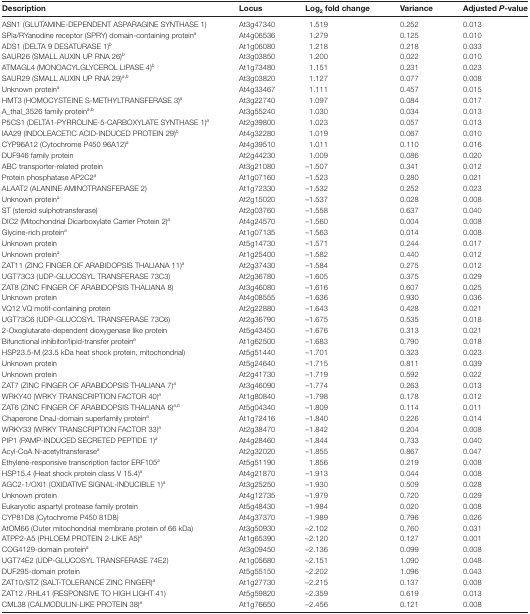
<table><thead><tr><td><b>Description</b></td><td><b>Locus</b></td><td><b>Log<sub>2</sub>fold change</b></td><td><b>Variance</b></td><td><b>Adjusted <i>P</i>-value</b></td></tr></thead><tbody><tr><td>ASN1 (GLUTAMINE-DEPENDENT ASPARAGINE SYNTHASE 1)</td><td>At3g47340</td><td>1.519</td><td>0.252</td><td>0.013</td></tr><tr><td>SPla/RYanodine receptor (SPRY) domain-containing protein<sup><i>a</i></sup></td><td>At4g06536</td><td>1.279</td><td>0.125</td><td>0.010</td></tr><tr><td>ADS1 (DELTA 9 DESATURASE 1)<sup><i>b</i></sup></td><td>At1g06080</td><td>1.218</td><td>0.218</td><td>0.033</td></tr><tr><td>SAUR26 (SMALL AUXIN UP RNA 26)<sup><i>b</i></sup></td><td>At3g03850</td><td>1.200</td><td>0.022</td><td>0.010</td></tr><tr><td>ATMAGL4 (MONOACYLGLYCEROL LIPASE 4)<sup><i>b</i></sup></td><td>At1g73480</td><td>1.151</td><td>0.231</td><td>0.023</td></tr><tr><td>SAUR29 (SMALL AUXIN UP RNA 29)<sup><i>a</i>,<i>b</i></sup></td><td>At3g03820</td><td>1.127</td><td>0.077</td><td>0.008</td></tr><tr><td>Unknown protein<sup><i>a</i></sup></td><td>At4g33467</td><td>1.111</td><td>0.457</td><td>0.015</td></tr><tr><td>HMT3 (HOMOCYSTEINE S-METHYLTRANSFERASE 3)<sup><i>a</i></sup></td><td>At3g22740</td><td>1.097</td><td>0.084</td><td>0.017</td></tr><tr><td>A_thal_3526 family protein<sup><i>a</i>,<i>b</i></sup></td><td>At3g55240</td><td>1.030</td><td>0.034</td><td>0.013</td></tr><tr><td>P5CS1 (DELTA1-PYRROLINE-5-CARBOXYLATE SYNTHASE 1)<sup><i>a</i></sup></td><td>At2g39800</td><td>1.023</td><td>0.057</td><td>0.013</td></tr><tr><td>IAA29 (INDOLEACETIC ACID-INDUCED PROTEIN 29)<sup><i>b</i></sup></td><td>At4g32280</td><td>1.019</td><td>0.067</td><td>0.010</td></tr><tr><td>CYP96A12 (Cytochrome P450 96A12)<sup><i>a</i></sup></td><td>At4g39510</td><td>1.011</td><td>0.110</td><td>0.016</td></tr><tr><td>DUF946 family protein</td><td>At2g44230</td><td>1.009</td><td>0.086</td><td>0.020</td></tr><tr><td>ABC transporter-related protein</td><td>At3g21080</td><td>–1.507</td><td>0.341</td><td>0.012</td></tr><tr><td>Protein phosphatase AP2C2<sup><i>a</i></sup></td><td>At1g07160</td><td>–1.523</td><td>0.280</td><td>0.021</td></tr><tr><td>ALAAT2 (ALANINE AMINOTRANSFERASE 2)</td><td>At1g72330</td><td>–1.532</td><td>0.252</td><td>0.023</td></tr><tr><td>Unknown protein<sup><i>a</i></sup></td><td>At2g15020</td><td>–1.537</td><td>0.028</td><td>0.008</td></tr><tr><td>ST (steroid sulphotransferase)</td><td>At2g03760</td><td>–1.558</td><td>0.637</td><td>0.040</td></tr><tr><td>DIC2 (Mitochondrial Dicarboxylate Carrier Protein 2)<sup><i>a</i></sup></td><td>At4g24570</td><td>–1.560</td><td>0.004</td><td>0.008</td></tr><tr><td>Glycine-rich protein<sup><i>a</i></sup></td><td>At1g07135</td><td>–1.563</td><td>0.014</td><td>0.008</td></tr><tr><td>Unknown protein</td><td>At5g14730</td><td>–1.571</td><td>0.244</td><td>0.017</td></tr><tr><td>Unknown protein<sup><i>a</i></sup></td><td>At1g25400</td><td>–1.582</td><td>0.440</td><td>0.012</td></tr><tr><td>ZAT11 (ZINC FINGER OF ARABIDOPSIS THALIANA 11)<sup><i>a</i></sup></td><td>At2g37430</td><td>–1.584</td><td>0.275</td><td>0.012</td></tr><tr><td>UGT73C3 (UDP-GLUCOSYL TRANSFERASE 73C3)</td><td>At2g36780</td><td>–1.605</td><td>0.375</td><td>0.029</td></tr><tr><td>ZAT8 (ZINC FINGER OF ARABIDOPSIS THALIANA 8)</td><td>At3g46080</td><td>–1.616</td><td>0.607</td><td>0.025</td></tr><tr><td>Unknown protein</td><td>At4g08555</td><td>–1.636</td><td>0.930</td><td>0.036</td></tr><tr><td>VQ12 VQ motif-containing protein</td><td>At2g22880</td><td>–1.643</td><td>0.428</td><td>0.021</td></tr><tr><td>UGT73C6 (UDP-GLUCOSYL TRANSFERASE 73C6)</td><td>At2g36790</td><td>–1.675</td><td>0.535</td><td>0.018</td></tr><tr><td>2-Oxoglutarate-dependent dioxygenase like protein</td><td>At5g43450</td><td>–1.676</td><td>0.313</td><td>0.021</td></tr><tr><td>Bifunctional inhibitor/lipid-transfer protein<sup><i>a</i></sup></td><td>At1g62500</td><td>–1.683</td><td>0.790</td><td>0.018</td></tr><tr><td>HSP23.5-M (23.5 kDa heat shock protein, mitochondrial)</td><td>At5g51440</td><td>–1.701</td><td>0.323</td><td>0.023</td></tr><tr><td>Unknown protein</td><td>At5g24640</td><td>–1.715</td><td>0.811</td><td>0.039</td></tr><tr><td>Unknown protein</td><td>At2g41730</td><td>–1.719</td><td>0.592</td><td>0.022</td></tr><tr><td>ZAT7 (ZINC FINGER OF ARABIDOPSIS THALIANA 7)<sup><i>a</i></sup></td><td>At3g46090</td><td>–1.774</td><td>0.263</td><td>0.013</td></tr><tr><td>WRKY40 (WRKY TRANSCRIPTION FACTOR 40)<sup><i>a</i></sup></td><td>At1g80840</td><td>–1.798</td><td>0.178</td><td>0.012</td></tr><tr><td>ZAT6 (ZINC FINGER OF ARABIDOPSIS THALIANA 6)<sup><i>a</i>,<i>b</i></sup></td><td>At5g04340</td><td>–1.809</td><td>0.114</td><td>0.011</td></tr><tr><td>Chaperone DnaJ-domain superfamily protein<sup>a</sup></td><td>At1g72416</td><td>–1.840</td><td>0.226</td><td>0.014</td></tr><tr><td>WRKY33 (WRKY TRANSCRIPTION FACTOR 33)<sup><i>a</i></sup></td><td>At2g38470</td><td>–1.842</td><td>0.204</td><td>0.008</td></tr><tr><td>PIP1 (PAMP-INDUCED SECRETED PEPTIDE 1)<sup><i>a</i></sup></td><td>At4g28460</td><td>–1.844</td><td>0.733</td><td>0.040</td></tr><tr><td>Acyl-CoA N-acetyltransferase<sup><i>a</i></sup></td><td>At2g32020</td><td>–1.855</td><td>0.867</td><td>0.047</td></tr><tr><td>Ethylene-responsive transcription factor ERF105<sup><i>a</i></sup></td><td>At5g51190</td><td>1.856</td><td>0.219</td><td>0.008</td></tr><tr><td>HSP15.4 (Heat shock protein class V 15.4)<sup><i>a</i></sup></td><td>At4g21870</td><td>–1.913</td><td>0.044</td><td>0.008</td></tr><tr><td>AGC2-1/OXI1 (OXIDATIVE SIGNAL-INDUCIBLE 1)<sup><i>a</i></sup></td><td>At3g25250</td><td>–1.930</td><td>0.509</td><td>0.028</td></tr><tr><td>Unknown protein</td><td>At4g12735</td><td>–1.979</td><td>0.720</td><td>0.029</td></tr><tr><td>Eukaryotic aspartyl protease family protein</td><td>At5g48430</td><td>–1.984</td><td>0.020</td><td>0.008</td></tr><tr><td>CYP81D8 (Cytochrome P450 81D8)</td><td>At4g37370</td><td>–1.989</td><td>0.796</td><td>0.026</td></tr><tr><td>AtOM66 (Outer mitochondrial membrane protein of 66 kDa)</td><td>At3g50930</td><td>–2.102</td><td>0.760</td><td>0.031</td></tr><tr><td>ATPP2-A5 (PHLOEM PROTEIN 2-LIKE A5)<sup><i>a</i></sup></td><td>At1g65390</td><td>–2.120</td><td>0.127</td><td>0.001</td></tr><tr><td>COG4129-domain protein<sup><i>a</i></sup></td><td>At3g09450</td><td>–2.136</td><td>0.099</td><td>0.008</td></tr><tr><td>UGT74E2 (UDP-GLUCOSYL TRANSFERASE 74E2)</td><td>At1g05680</td><td>–2.151</td><td>1.090</td><td>0.048</td></tr><tr><td>DUF295-domain protein</td><td>At5g55150</td><td>–2.202</td><td>1.096</td><td>0.043</td></tr><tr><td>ZAT10/STZ (SALT-TOLERANCE ZINC FINGER)<sup><i>a</i></sup></td><td>At1g27730</td><td>–2.215</td><td>0.137</td><td>0.008</td></tr><tr><td>ZAT12 /RHL41 (RESPONSIVE TO HIGH LIGHT 41)</td><td>At5g59820</td><td>–2.359</td><td>0.619</td><td>0.013</td></tr><tr><td>CML38 (CALMODULIN-LIKE PROTEIN 38)<sup><i>a</i></sup></td><td>At1g76650</td><td>–2.456</td><td>0.121</td><td>0.008</td></tr></tbody></table>